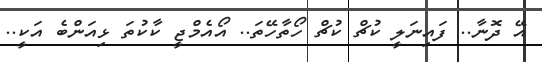
އޭ ދޮނާ.. ފައިނަލީ ކުޗް ކުޗް ހޯތާހޭތަ.. އޯއެމްޖީ ކާކުތަ ޅިއަންބެ އަކީ..